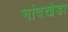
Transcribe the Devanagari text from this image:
नांदखेडा